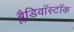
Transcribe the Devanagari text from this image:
ब्लैडिवॉस्टॉक